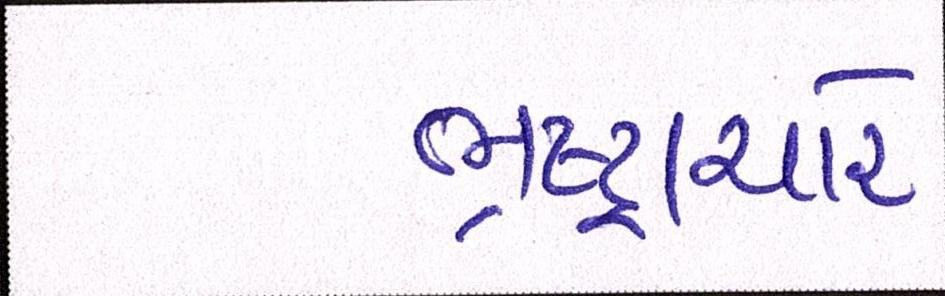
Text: ભ્રષ્ટ્રાચારે